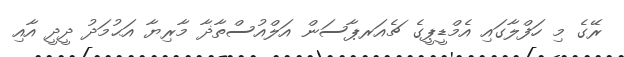
ރޭގެ މި ހަފްލާގައި އެމްޑީޕީގެ ޗެއަރޕާސަން އަލްއުސްތާޛާ މާރިޔާ އަޙުމަދު ދީދީ އާއި